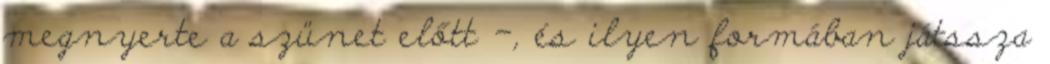
megnyerte a szünet előtt -, és ilyen formában játssza